Report on horse surra - Volume I
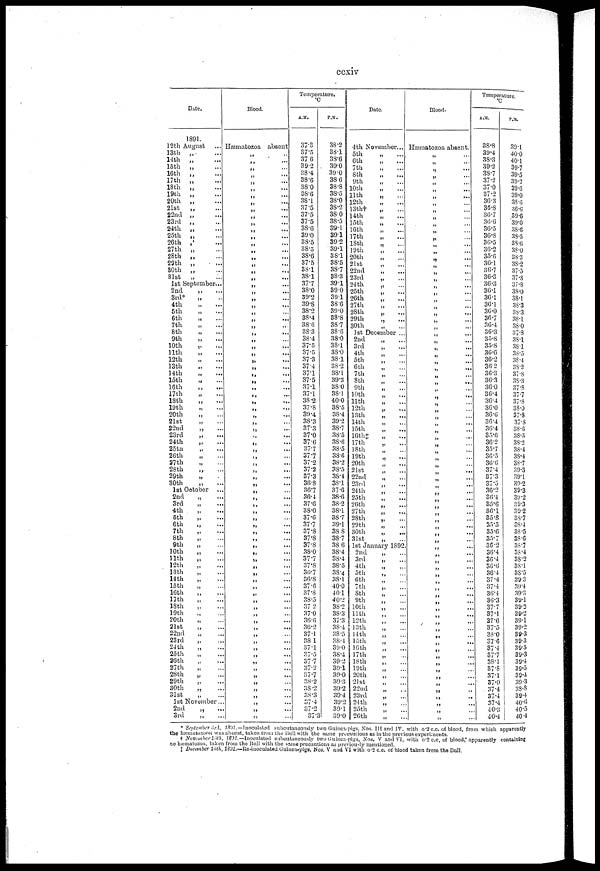
ccxiv
Date.
12th
13th
14th
15th
16th
17th
18th
19th
20th
21st
22nd
23rd
24th
25th
26th
27th
28th
29th
30th
31st
1st
2nd
3rd.
4th
5th
6th
7th
8th
9th
10th
11th
12th
13th
14th
15th
16th
17th
18th
19th
20th
21st
22nd
23rd
24th
25tn
26th
27th
28th
29th
30th
1st
2nd
3rd
4th
5th
6th
7th
8th
9th
10th
11th
12th
13th
14th
15th
16th
17th
18th
19th
20th
21st
22nd
23rd
24th
25 th
26th
27th
28th
29th
30th
31st
1st
2nd
3rd
1891.
August
„
...
„
..
„ ...
„ ...
„
...
„
...
„
...
„
...
„.
...
„
...
„ ...
„
...
„ ...
„
...
„
„
...
„
...
„
„
September...
„
...
„
„
...
„ ...
„
„
...
„
...
„
..
„
...
„
...
„
...
„
...
„
....
„
„
...
„
...
„
...
„
...
„ ....
„ ...
„
...
„ ...
„ ...
„
...
„
...
„...
„
...
„
„
...
October
„ ...
„
...
„ ....
„
...
„ ...
„
....
„
„
„
...
„
...
„
...
„
...
„
...
„...
„ ...
„
...
„ ....
„
„
„
...
„
„
...
„
...
„
..
„
„
...
„
„
...
„
„
...
November..
„ ..
„ ...
Blood.
Hæmatozoa
„
„
„
„
„
„
„
„
„
„
„
„
„
„
„
„
„
„
„
„
„
„
„
„
„
„
„
„
„
„
„
„
„
„
„
„
„
„
„
„
„
„
„
„
„
„
„
„
„
„
„
„
„
„
„
„
„
„
„
„
„
„
„
„
„
„
„
„
„
„
„
„
„
„
„
„
„
„
..
absent
.,
...
...
..
..
...
...
...
...
...
...
...
...
...
...
...
...
...
...
...
...
...
...
...
...
...
...
...
...
,.,
...
...
...
...
...
...
...
...
...
...
...
...
...
...
...
...
...
...
...
...
...
...
...
...
...
...
...
...
...
...
...
...
...
...
...
...
...
...
...
...
...
,.
..
...
...
..
...
..
...
...
Temperature.
°C
A.M.
37.3
37.5
37. 6
39.2
38.4
38.6
38.0
38.6
38.1
37.5
37.5
37.5
38.6
39 .0
38.5
38.5
38.6
37.5
38.1
38.1
37.7
38.0
39.2
39.8
38.2
38.4
38.6
38.3
38.4
37.5
37.5
37.3
37.4
37.1
37.5
37.1
37.1
38.2
37.8
39.4
38.3
37.3
37.0
37.6
37.7
37.7
37.2
37.2
37.3
36.8
36.7
36.4
37.6
38.0
37.6
37.7
37.8
37.8
37.8
38.0
37.7
37.8
36.7
36.8
37.6
37.8
38.5
37 .2
37.0
36.6
36.2
37.1
38 1
37.1
37.5
37.7
37.2
37.7
38.2
38.2
38.3
37.4
37.2
37.3
P.M.
38.2
38.1
38.6
39.0
39.0
38.6
38.8
38.5
38.0
38.2
38.0
38.5
39.1
39.1
39.2
39.1
38.1
38.5
38.7
38.3
39.1
39.0
39.1
38.6
39.0
38.8
38.7
38.6
38.0
38.1
38.0
38.1
38.2
38.1
39.3
38.0
38.1
40.0
38.5
38.4
39.2
38.7
38.5
38.6
38.5
38.6
38.2
38.5
38.4
38.1
37.6
38.6
38.2
38.1
38.7
39.1
38.8
38.7
38.6
38.4
38.4
38.5
38.4
38.1
40.0
40.1
40.2
38.2
38.3
37.3
38.4
38.5
38.4
39.0
38.4
39.2
39.1
39.0
39.3
39.2
39.4
39.2
39.1
39.0
Date.
4th
5th
6th
7th
8th
9th
10th
11th
12th
13th†
14th
15th
16th
17th
18th
19th
20th
21st
22nd
23rd
24th
25th
26th
27th
28th
29th
30th
1st
2nd
3rd
4th
5th
6th
7th
8th
9th
10th
11th
12th
13th
14th
15th
16th‡
17th
18th
19th
20th
21st
22nd
23rd
24th
25th
26th
27th
28th
29th
30th
31st
1st
2nd
3rd
4th
5th
6th
7th
8th
9th
10th
11th
12th
13th
14th
15th
16th
17th
18th
19th
20th
21st
22nd
23rd
24th
25th
26th
November...
„
„
„
„
„
„
...
„
„
„
„ ...
„
...
„
„
„
„
...
„
„
„
....
„
„ ...
„
„
„
,„
„
...
December ...
„ ...
„
„
„
...
„
„
...
„
...
„
„
„
...
„
...
„
„
...
„...
„
„
„...
„...
...
„
„..
„
„...
„...
„...
„
„...
„
...
„
...
January 1892.
...
„
.. .
„
....
„
...
„...
„
...
„
...
„
„„
„...
„
„
...
„
...
„ ...
„
....
„ ...
„...
„...
„
„
„
. ..
„
„
...
„
..
„
...
Blood.
Hæmatozoa
„
„
„
„
„
„
„
„
„
„
„
„
„
„
„
„
„
„
„
„
„
„
„
„
„
„
„
„
„
„
„
„
„
„
„
„
„
„
„
„
„
„
„
„
„
„
„
„
„
„
„
„
„
„
„
„
„
„
„
„
„
„
„
„
„
„
„
„
„
„
„
„
„
„
„
„
„
„
„
„
„
absent
...
...
...
...
...
...
...
...
....
...
...
...
...
..
Temperature
°C
A.M.
38.8
39.4
38.3
39.2
38.7
37.2
37.0
37.2
36.3
36.8
36.7
36.6
36.5
36.8
36.5
36.2
35.6
36.1
36.7
36.3
36.3
36 .1
36.1
36.1
36.0
36.7
36.4
36.3
35.8
35.8
36.6
36.2
36.2
36.3
36.3
36.0
36.4
36.4
36.0
36.6
36.4
36.4
35.6
36.2
35.7
36.5
36.6
37.4
37.3
37.5
36.2
36.4
35.6
36.1
35.8
35.5
35.6
35.7
36.2
36.4
36.4
36 .6
36 .4
37.4
37.4
36.4
36.3
37.7
37.1
37.6
37.5
38.0
37.6
37.4
37.7
38.1
37.8
37.1
37.0
37.4
37.4
37.4
40.3
40.4
P.M.
39.1
40.0
40.1
39.7
39.5
39.2
39.6
39.0
38.6
36.6
39.6
39.0
38.6
38.5
33.6
38.0
38.3
38.2
37.5
37.8
37.8
38.0
38.1
38.3
38.3
38.1
38.0
37.8
38.1
38.1
38.5
38.4
38.2
37.8
38.3
37.8
37.7
37.8
38.0
37.8
37.8
38.6
38.5
38.2
38.4
38.4
38.7
89.3
39.1
39.2
39.3
39.2
39.3
39.2
38.7
38.4
38.5
38.6
38.7
38.4
38.2
38.1
38.5
39.3
39.4
39.3
39.1
39.2
39.2
39.1
39.2
39.3
39.3
39.5
39.3
39.4
39.5
39.4
39.3
38.8
39.4
40.6
40.5
40.4
* September 3rd, 1891.—Inoculated subcutaneonsly two Guinea-pigs, Nos. III and IV, with 0.2 c.c. of blood, from which apparently
the hæmatozoon was absent, taken from the Bull with the same precautions as in the previous experiments.
† November 13th, 1891.— Inoculated subcutaneously two Guinea-pigs, Nos. V and VI, with 0.2 c.c. of blood, apparently containing
no hæmatozoa, taken from the Bull with the same precautions as previously mentioned.
‡ December 16th, 1891.—Re-inoculated Guinea-pigs, Nos. V and VI with 0.2 c.c. of blood taken from the Bull.